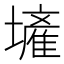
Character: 𱘐